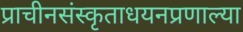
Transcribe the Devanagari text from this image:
प्राचीनसंस्कृताधयनप्रणाल्या